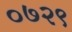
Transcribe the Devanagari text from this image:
०७२९